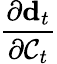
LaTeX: \frac{\partial\mathbf{d}_{t}}{\partial\mathcal{C}_{t}}